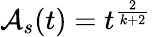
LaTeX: {\cal A}_{s}(t)=t^{\frac{2}{k+2}}